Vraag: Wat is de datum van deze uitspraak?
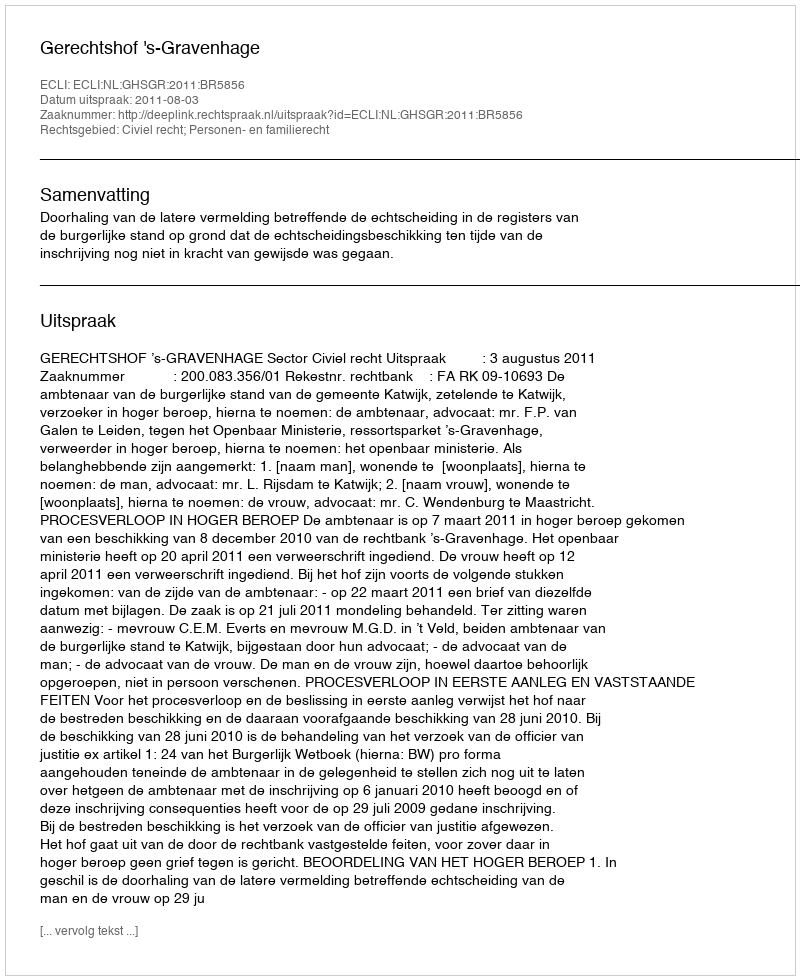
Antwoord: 2011-08-03